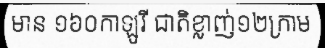
មាន ១៦០កាឡូរី ជាតិខ្លាញ់១២ក្រាម